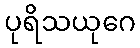
ပုရိသယုဂေ